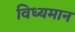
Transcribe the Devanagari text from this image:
विध्‍यमान